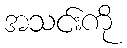
အသင်းကို